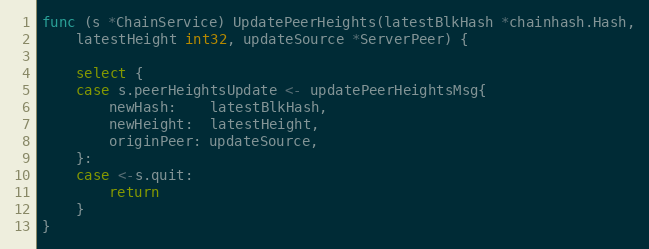
Language: Go
func (s *ChainService) UpdatePeerHeights(latestBlkHash *chainhash.Hash,
	latestHeight int32, updateSource *ServerPeer) {

	select {
	case s.peerHeightsUpdate <- updatePeerHeightsMsg{
		newHash:    latestBlkHash,
		newHeight:  latestHeight,
		originPeer: updateSource,
	}:
	case <-s.quit:
		return
	}
}